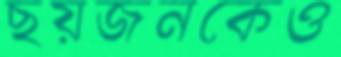
ছয়জনকেও